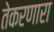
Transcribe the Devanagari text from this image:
तेकरणारा